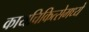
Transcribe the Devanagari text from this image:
कायचिकित्सेमध्ये